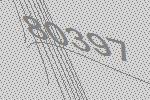
80397